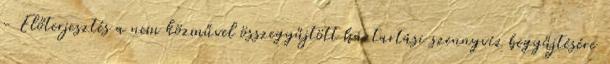
- Előterjesztés a nem közművel összegyűjtött háztartási szennyvíz begyűjtésére